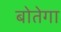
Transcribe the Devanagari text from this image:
बोतेगा